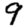
Digit: 9